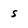
Character: s